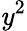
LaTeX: \mathit{y}^{2}